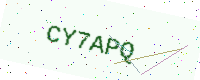
Text: CY7APQ